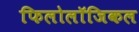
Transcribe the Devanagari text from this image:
फिलोलॉजिकल